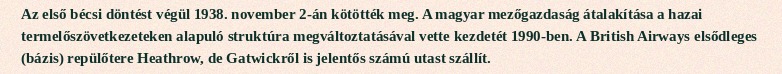
Az első bécsi döntést végül 1938. november 2-án kötötték meg. A magyar mezőgazdaság átalakítása a hazai termelőszövetkezeteken alapuló struktúra megváltoztatásával vette kezdetét 1990-ben. A British Airways elsődleges (bázis) repülőtere Heathrow, de Gatwickről is jelentős számú utast szállít.